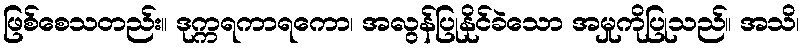
ဖြစ်စေသတည်း။ ဒုက္ကရကာရကော၊ အလွန်ပြုနိုင်ခဲသော အမှုကိုပြုသည်။ အသိ၊